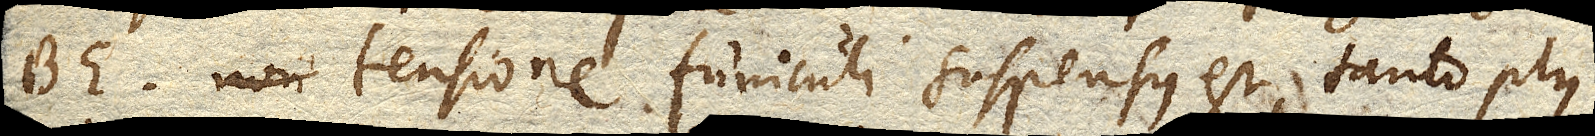
BE tensione funiculi suspensus est, tanto plus